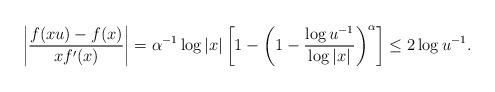
LaTeX: \begin{align*}\left| \frac{f(xu) - f(x)}{x f'(x)} \right| =\alpha^{-1} \log |x| \left[ 1 - \left( 1 - \frac{\log u^{-1}}{\log |x|} \right)^\alpha \right] \leq 2 \log u^{-1}.\end{align*}